system: You are a helpful assistant.
user:
Analyze the provided spectrum to determine if it is a **M-type Giant (gM)**.

A M-type Giant spectrum is defined by its **strong molecular absorption** features, particularly from **Titanium Oxide (TiO)**. You must check for one of the following mutually exclusive signatures:

- **Key Visual Indicators (Absorption-Dominated Spectrum):**

    - **(Primary):** The spectrum is dominated by strong molecular absorption from **Titanium Oxide (TiO)**. This is the **defining feature** of its M-type temperature class.
        - **(Key Bandheads):** Look for sharp, "saw-tooth" absorption valleys. The strongest are located near **~7050 Å**, **~6160 Å**, and **~5170 Å**.
        - **(Line Profile):** The "saw-tooth" morphology is critical: a **sharp, steep drop on the BLUE (short-wavelength) side** of the bandhead, followed by a gradual recovery (rising flux) towards the RED (long-wavelength) side.

    - **(Key Confirmation - Giant vs. Dwarf):** **ABSENCE** of strong **Calcium Hydride (CaH)** molecular bands. This is the primary diagnostic for *excluding* M-dwarfs.
        - **(Key Region):** The spectrum should lack the strong, broad absorption band seen in dwarfs between **~6800 Å and ~7000 Å**.

    - **(Secondary Confirmation - Giant):** A very strong and broad **Neutral Calcium (Ca I)** atomic absorption line.
        - **(Key Line):** Located at **~4226 Å**. In a giant (gM), this line is significantly deeper and broader than the same line in an M-dwarf (dM) due to low surface gravity.

    - **(Overall Spectrum):**
        - The continuum is **extremely red-sloping** (i.e., flux is very low in the blue and rises dramatically towards the red).
        - The entire spectrum appears "chopped up" by the deep TiO bands.

Think first, call **spectral_visualization_tool** if needed to examine features in detail, then provide your final answer. Your response must adhere to the following strict rules:
1.  **Overall Structure:** Your response must follow the format `<think>...</think> <tool_call>...</tool_call> (if a tool is used) <answer>...</answer>`.
2.  **Tool Usage Constraint:** You may only make **one** tool call per turn.
3.  **Final Answer Format:** In the `<answer>` tag, your conclusion must be inside a `\boxed{}` command (e.g., `\boxed{YES}` or `\boxed{NO}`), followed by your justification.

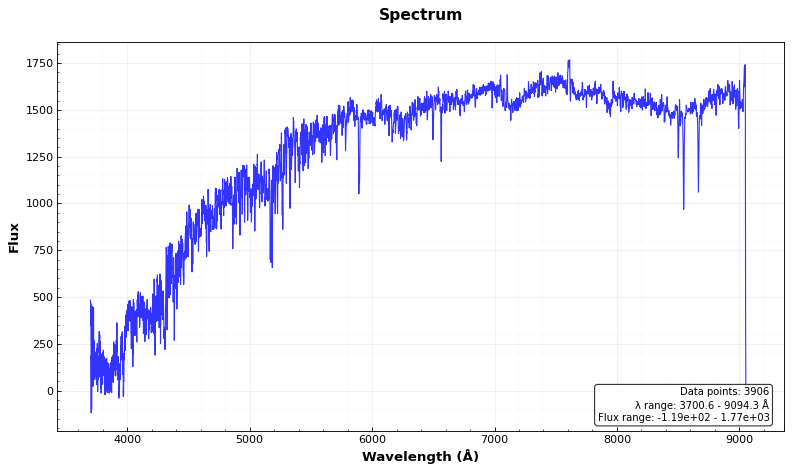
Answer: NO